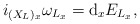
\begin{gather*} i _{ (X _L) _x } \omega _{ L _x } = \mathrm{d} _x E _{ L _x } ,\end{gather*}